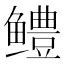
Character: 鳢